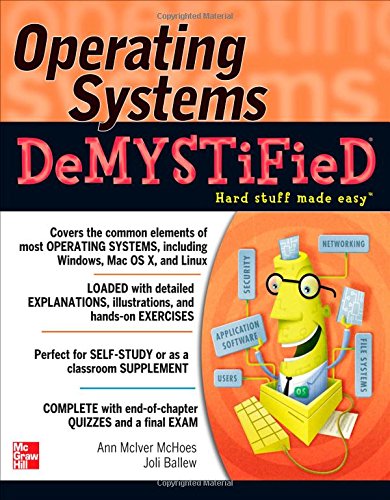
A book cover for Operating Systems DeMYSTiFieD; Ann McIver McHoes; Computers & Technology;